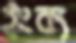
ইংক্য